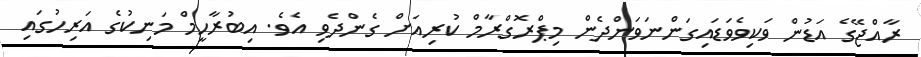
ރާއްޖޭގެ އަޑުން ވަކިވެވަޑައިގަންނަވަންދެން މިޕްރޮގްރާމް ކުރިއަށް ގެންދެވި އެވެ. އިބުރާހީމް މަނިކުގެ އަރިހުގައި